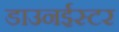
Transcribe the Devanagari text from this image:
डाउनईस्टर